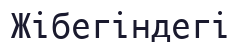
Жібегіндегі